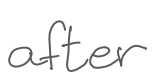
Text: after
Cross-out: clean
Writing tool: digital_gray